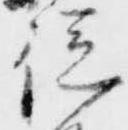
従